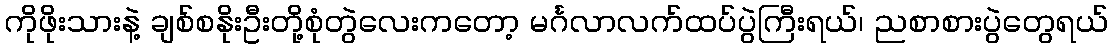
ကိုဖိုးသားနဲ့ ချစ်စနိုးဦးတို့စုံတွဲလေးကတော့ မင်္ဂလာလက်ထပ်ပွဲကြီးရယ်၊ ညစာစားပွဲတွေရယ်